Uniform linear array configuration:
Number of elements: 12
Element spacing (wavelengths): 0.5
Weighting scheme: binomial
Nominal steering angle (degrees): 0
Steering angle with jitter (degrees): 0.8484
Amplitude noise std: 0.05
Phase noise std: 0.05

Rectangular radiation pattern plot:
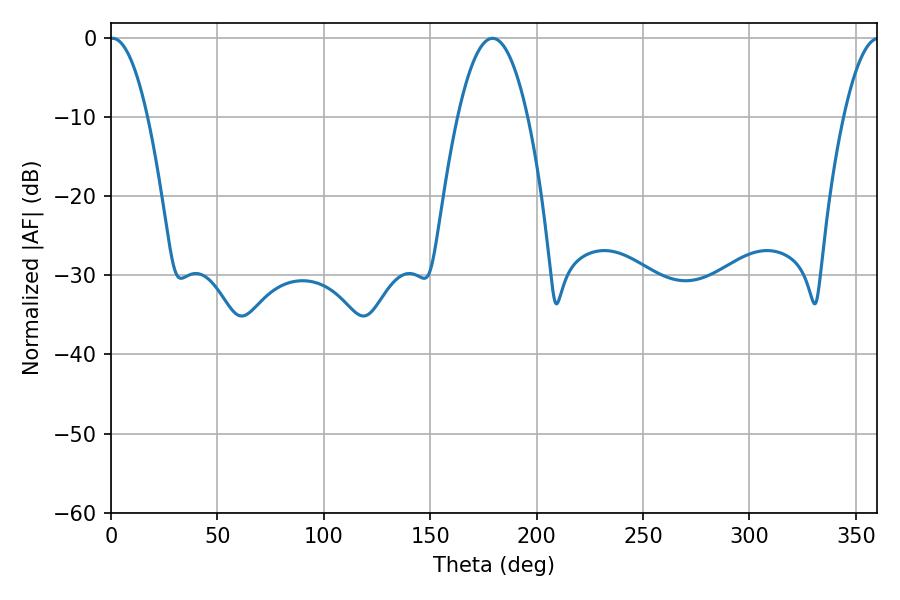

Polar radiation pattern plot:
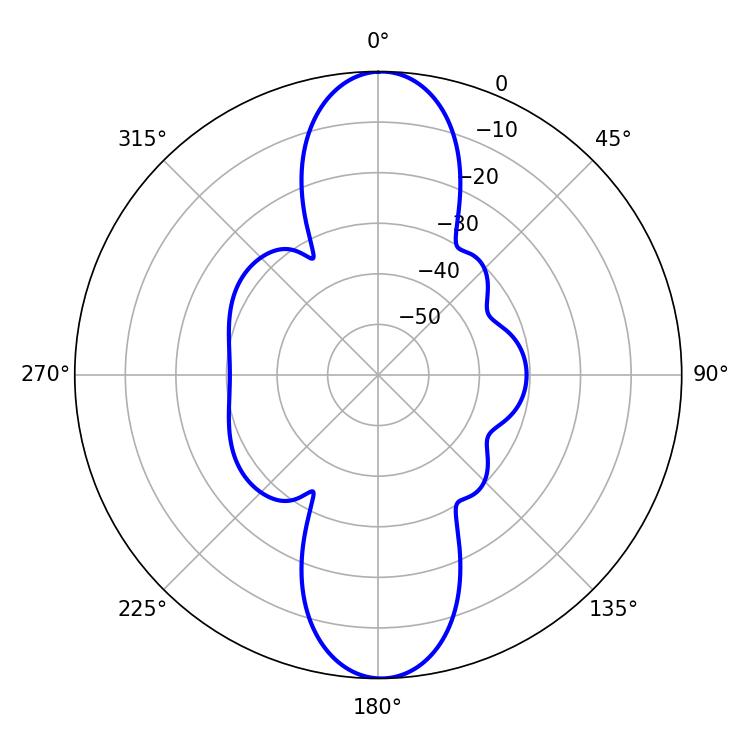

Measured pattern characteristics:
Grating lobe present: FALSE
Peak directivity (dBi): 24.555
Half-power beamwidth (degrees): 9.72
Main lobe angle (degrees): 0.72